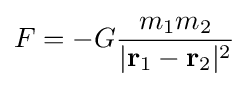
F=-G{\frac {m_{1}m_{2}}{|\mathbf {r} _{1}-\mathbf {r} _{2}|^{2}}}